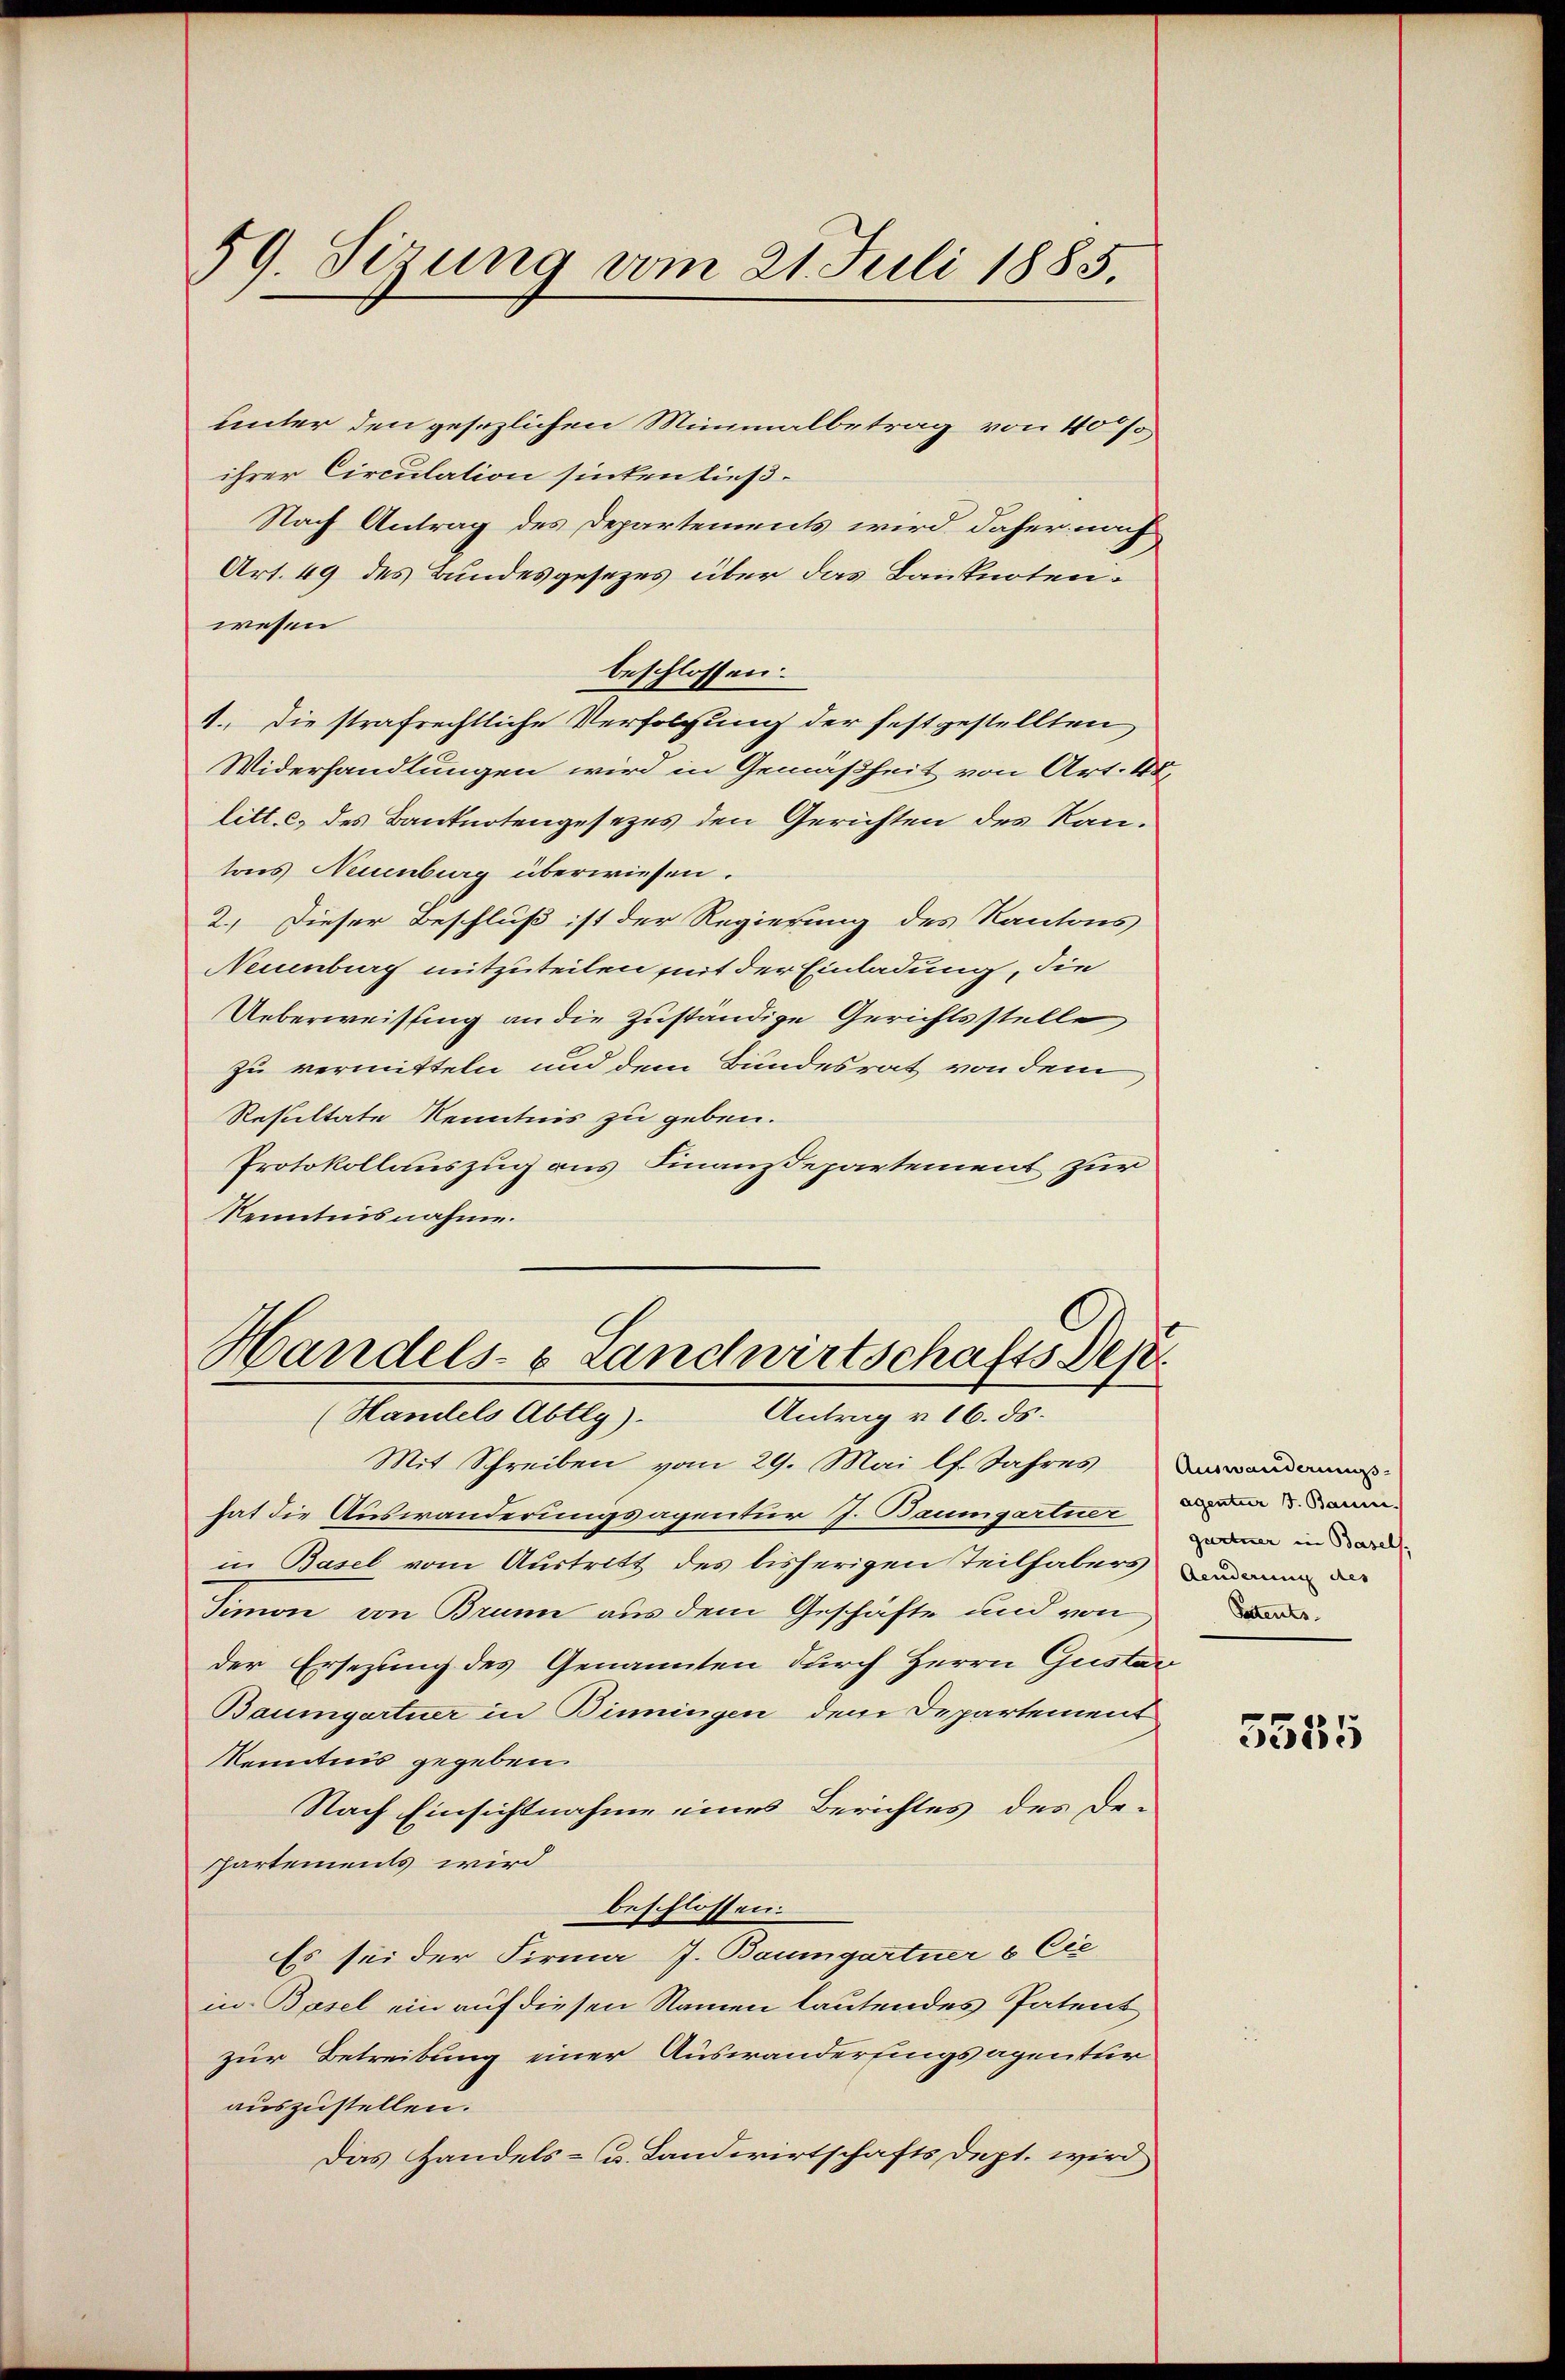
59. Sizung vom 21. Juli 1885.

unter den gesezlichen Minimalbetrag von 40%,
ihrer Circulation sinken ließ.
Nach Antrag des Departements wird daher nach
Art. 49 des Bundesgesezes über das Banknoten.
wesen
beschlossen.
1. Die strafrechtliche Verfolgung der festgestellten
Widerhandlungen wird in Gemäßheit von Art. 48,
litt. c. des Banknotengesezes den Gerichten des Kantons Neuenburg überwiesen.
2. Dieser Beschluß ist der Regierung des Kantons
Neuenburg mitzuteilen mit der Einladung, die
Ueberweisung an die zuständige Gerichtsstelle
zu vermitteln und dem Bundesrat von dem
Resultate Kenntnis zu geben.
Protokollauszug aus Finanzdepartement zur
Kenntnisnahme.
Handels- & Landwirtschafts Dep

Antrag v. 16. ds.
(Handels Abtlg).

Mit Schreiben vom 29. Mai lf. Jahres
hat die Auswanderungsagentur J. Baumgartner vom 5. Jan.
in Basel vom Austritt des bisherigen Teilhabers an die
Simon von Brunn aus dem Geschäfte und von
der Ersezung des Genannten durch Herrn Gustav
Baumgartner in Binningen dem Departement
Kenntnis gegeben.
Nach Einsichtnahme eines Berichtes des De-
Phartements wird
beschlossen:
Es sei der Firma J. Baumgartner & Cie
in Basel ein auf diesen Namen lautendes Patent
zur Betreibung einer Auswanderungsagentur
auszustellen.
Das Handels- u. Landwirtschaftsdept. wird

Auswanderungs-
gurtner in Basels,
Patents.

5585